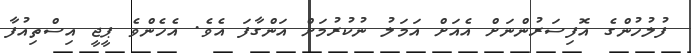
ފުލުހުންގެ އޮފިސަރުންނަށް އެއަށް އަމަލު ނުކުރުމަށް އަންގާފަ އެވެ. އެހެންވެ ޕީޖީ އިސްތިއުފާ